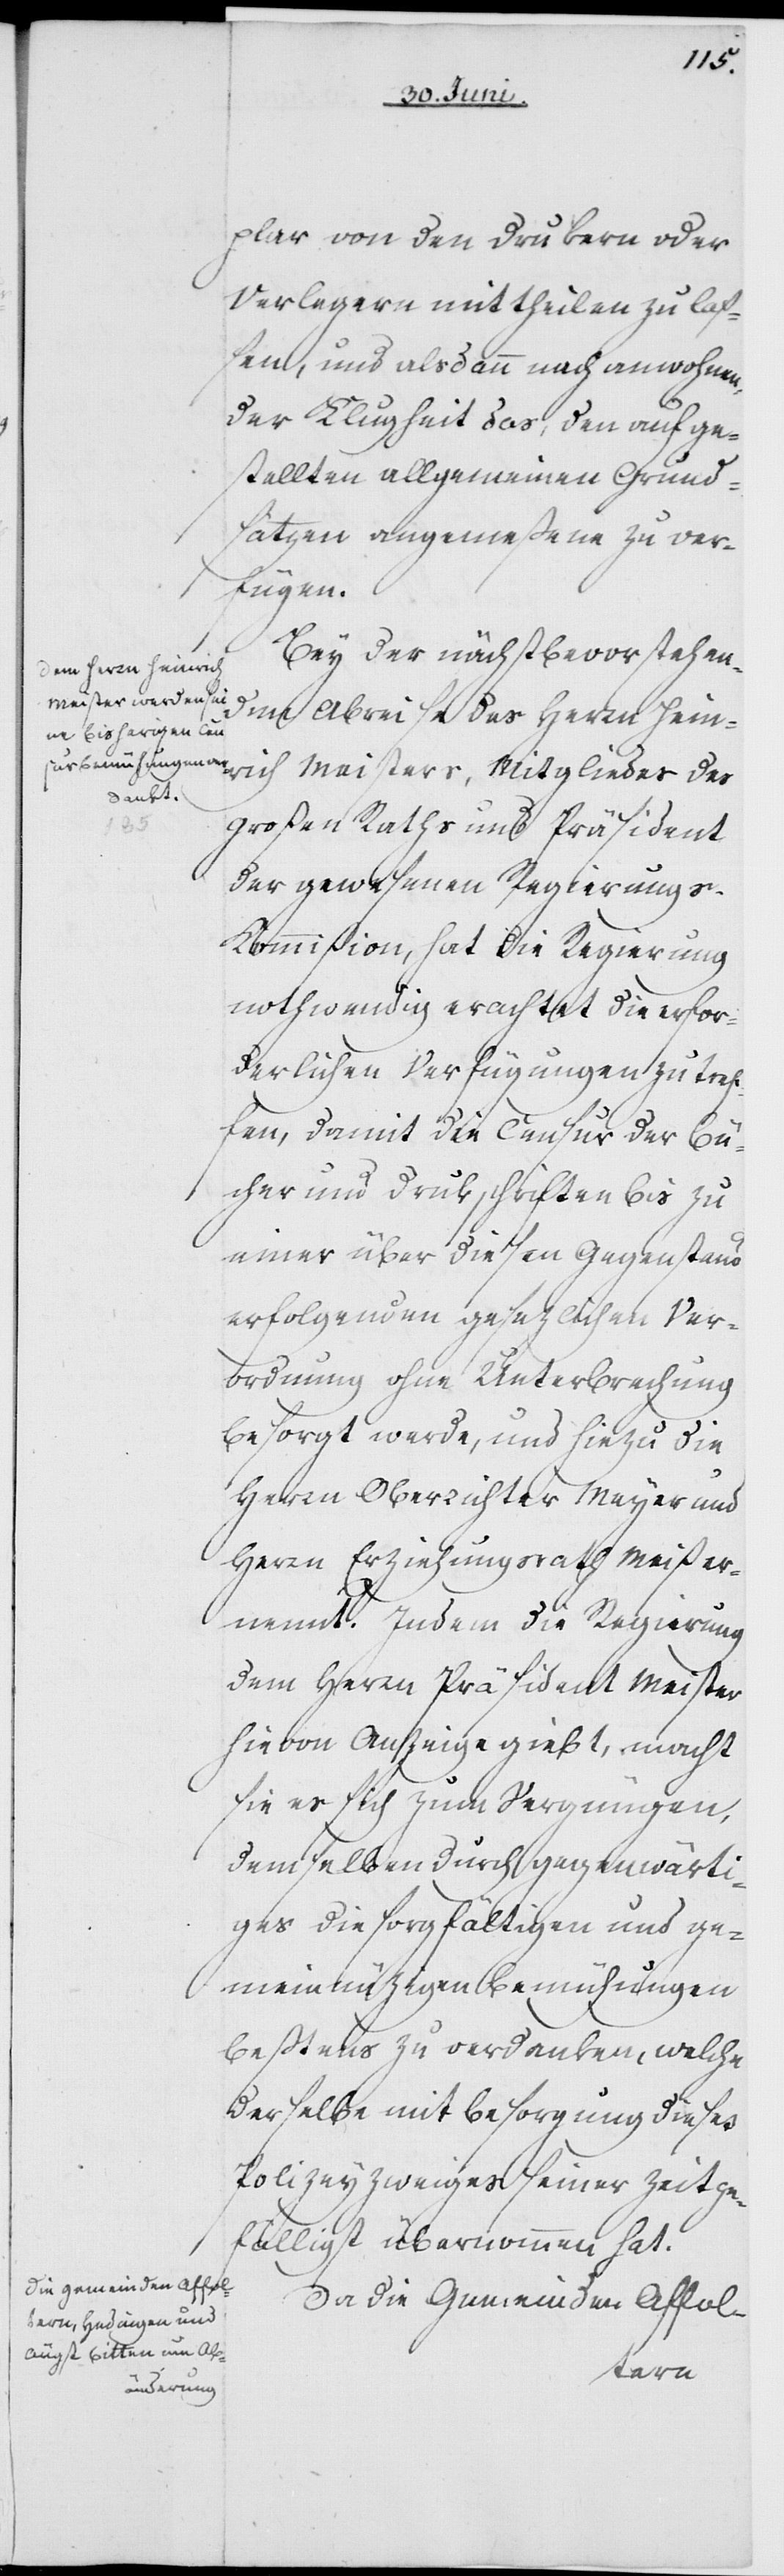
plar von den Drukern oder
Verlegern mittheilen zu laß¬
en, und alsdann nach anwohnen¬
der Klugheit das, den aufge¬
stellten allgemeinen Grund¬
sätzen angemeßene zu ver¬
fügen.
Bey der nächst bevorstehend¬
en Abreise des Herrn Hein¬
rich Meisters, Mitgliedes des
Großen Raths und Präsident
der gewesenen Regierungs-K¬
ommißion, hat die Regierung
nothwendig erachtet die erfor¬
derlichen Verfügungen zu tref¬
fen, damit die Censur der Bü¬
cher und Drukschriften bis zu
einer über diesen Gegenstand
erfolgenden gesezlichen Ver¬
ordnung ohne Unterbrechnung
besorgt werde, und hiezu die
Herrn Oberrichter Meyer und
Herrn Erziehungsrath Meiß er¬
nennt. Indem die Regierung
dem Herrn Präsident Meister
hievon Anzeige giebt, macht
sie es sich zum Vergnügen,
demselben durch gegenwärti¬
ges, die sorgfältigen und ge¬
meinnüzigen Bemühungen
beßtens zu verdanken, welche
derselbe mit Besorgung dieses
Polizeyzweiges seiner Zeit ge¬
fälligst übernommen hat.
Da die Gemeinden Affol-